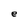
Character: e